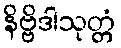
နိဗ္ဗိဒါသုတ္တံ